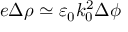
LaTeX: e \Delta \rho \simeq \varepsilon _ { 0 } k _ { 0 } ^ { 2 } \Delta \phi